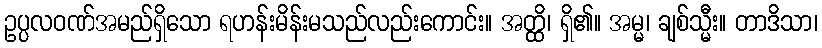
ဥပ္ပလဝဏ်အမည်ရှိသော ရဟန်းမိန်းမသည်လည်းကောင်း။ အတ္ထိ၊ ရှိ၏။ အမ္မ၊ ချစ်သ္မီး။ တာဒိသာ၊